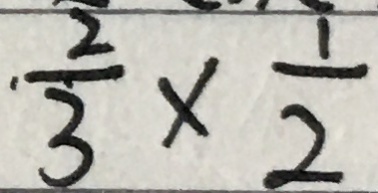
\cdot \frac { 2 } { 3 } \times \frac { 1 } { 2 }